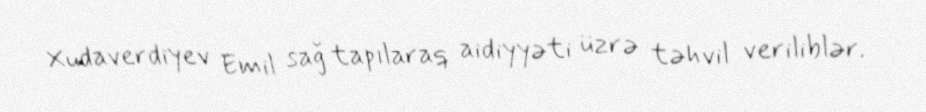
Xudaverdiyev Emil sağ tapılaraq aidiyyəti üzrə təhvil veriliblər.